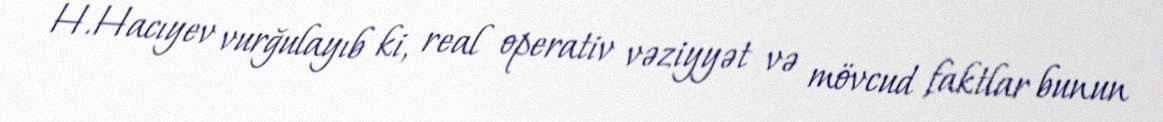
H.Hacıyev vurğulayıb ki, real operativ vəziyyət və mövcud faktlar bunun